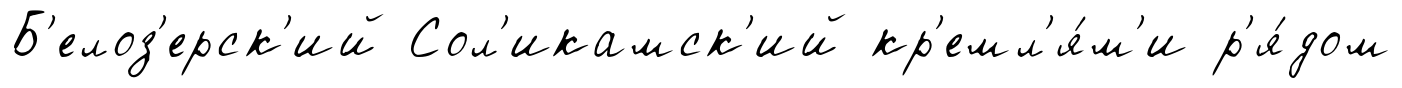
Б'елоз'ерск'ий Сол'икамск'ий кр'емл'я́м'и р'я́дом